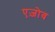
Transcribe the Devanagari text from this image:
एज़ोव